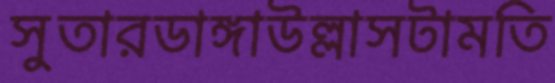
সুতারডাঙ্গাউল্লাসটামতি